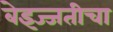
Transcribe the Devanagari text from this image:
बेइज्जतीचा